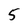
Character: 5